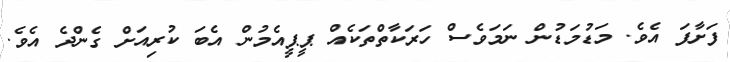
ފަށާފަ އެވެ. މަޑުމަޑުން ނަމަވެސް ހަރަކާތްތަކެއް ޕީޕީއެމުން އެބަ ކުރިއަށް ގެންދެ އެވެ.